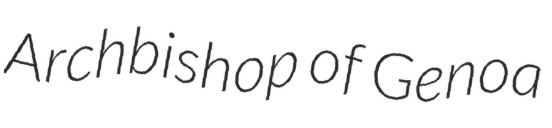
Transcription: Archbishop of Genoa